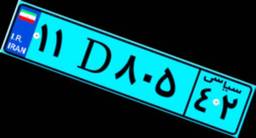
۱۱D۸۰۵۴۲